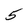
Character: 5